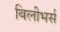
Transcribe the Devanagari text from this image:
बिलीभर्स